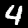
Digit: 4